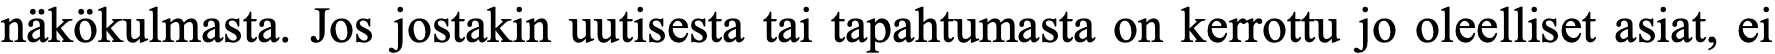
näkökulmasta. Jos jostakin uutisesta tai tapahtumasta on kerrottu jo oleelliset asiat, ei